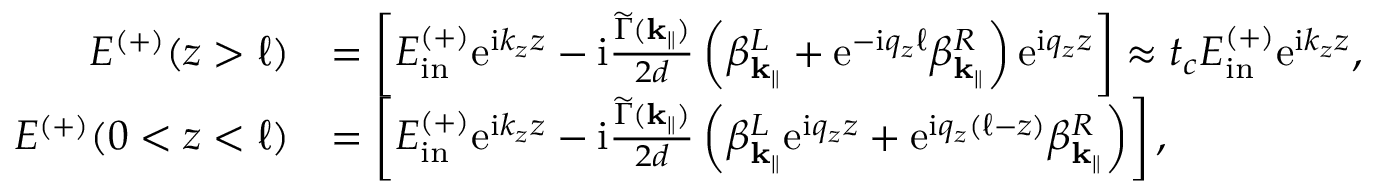
\begin{array} { r l } { E ^ { ( + ) } ( z > \ell ) } & { = \left[ E _ { \mathrm { i n } } ^ { ( + ) } \mathrm { e } ^ { \mathrm { i } k _ { z } z } - \mathrm { i } \frac { \widetilde \Gamma ( \mathbf { k } _ { \parallel } ) } { 2 d } \left( \beta _ { \mathbf { k } _ { \parallel } } ^ { L } + \mathrm { e } ^ { - \mathrm { i } q _ { z } \ell } \beta _ { \mathbf { k } _ { \parallel } } ^ { R } \right) \mathrm { e } ^ { \mathrm { i } q _ { z } z } \right] \approx t _ { c } E _ { \mathrm { i n } } ^ { ( + ) } \mathrm { e } ^ { \mathrm { i } k _ { z } z } , } \\ { E ^ { ( + ) } ( 0 < z < \ell ) } & { = \left[ E _ { \mathrm { i n } } ^ { ( + ) } \mathrm { e } ^ { \mathrm { i } k _ { z } z } - \mathrm { i } \frac { \widetilde \Gamma ( { \mathbf { k } _ { \parallel } } ) } { 2 d } \left( \beta _ { \mathbf { k } _ { \parallel } } ^ { L } \mathrm { e } ^ { \mathrm { i } q _ { z } z } + \mathrm { e } ^ { \mathrm { i } q _ { z } ( \ell - z ) } \beta _ { \mathbf { k } _ { \parallel } } ^ { R } \right) \right] , } \end{array}